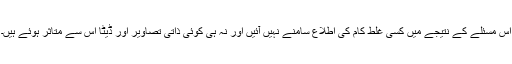
اس مسئلے کے نتیجے میں کسی غلط کام کی اطلاع سامنے نہیں آئیں اور نہ ہی کوئی ذاتی تصاویر اور ڈیٹا اس سے متاثر ہوئے ہیں۔